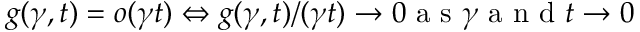
g ( \gamma , t ) = o ( \gamma t ) \Leftrightarrow g ( \gamma , t ) / ( \gamma t ) \rightarrow 0 \mathrm { ~ a ~ s ~ } \gamma \mathrm { ~ a ~ n ~ d ~ } t \rightarrow 0